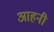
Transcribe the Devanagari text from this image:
आहनी